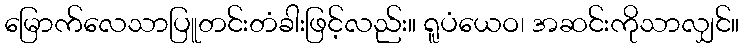
မြောက်လေသာပြူတင်းတံခါးဖြင့်လည်း။ ရူပံယေဝ၊ အဆင်းကိုသာလျှင်။